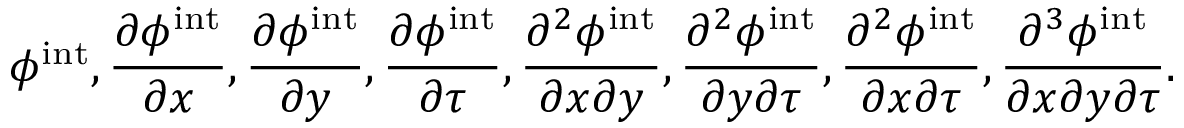
\phi ^ { \mathrm { i n t } } , \frac { \partial \phi ^ { \mathrm { i n t } } } { \partial x } , \frac { \partial \phi ^ { \mathrm { i n t } } } { \partial y } , \frac { \partial \phi ^ { \mathrm { i n t } } } { \partial \tau } , \frac { \partial ^ { 2 } \phi ^ { \mathrm { i n t } } } { \partial x \partial y } , \frac { \partial ^ { 2 } \phi ^ { \mathrm { i n t } } } { \partial y \partial \tau } , \frac { \partial ^ { 2 } \phi ^ { \mathrm { i n t } } } { \partial x \partial \tau } , \frac { \partial ^ { 3 } \phi ^ { \mathrm { i n t } } } { \partial x \partial y \partial \tau } .